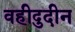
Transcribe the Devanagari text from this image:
वहीदुदीन